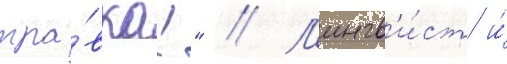
тра́вка!" // Л'ингв'и́ст и́